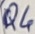
Text: Q4